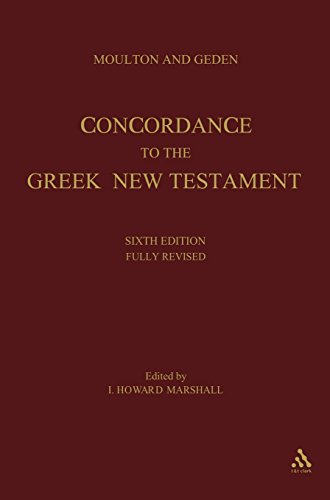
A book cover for A Concordance to the Greek Testament (Greek Edition); Alfred Shenington Geden; Christian Books & Bibles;